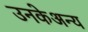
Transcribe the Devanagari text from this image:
उनकेअन्य